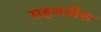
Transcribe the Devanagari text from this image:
सहजभीरु